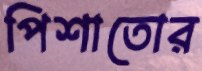
পিশাতোর